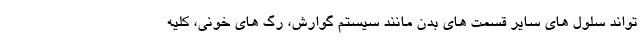
تواند سلول های سایر قسمت های بدن مانند سیستم گوارش، رگ های خونی، کلیه